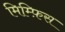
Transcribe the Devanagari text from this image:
मिम्फ़िस